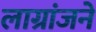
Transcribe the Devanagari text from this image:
लाग्रांजने